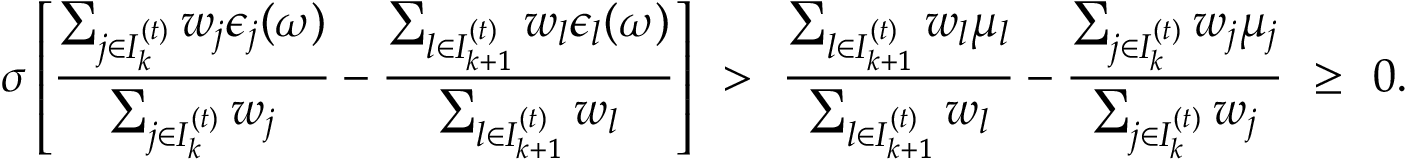
\sigma \left[ \frac { \sum _ { j \in { \cal I } _ { k } ^ { ( t ) } } w _ { j } \epsilon _ { j } ( \omega ) } { \sum _ { j \in { \cal I } _ { k } ^ { ( t ) } } w _ { j } } - \frac { \sum _ { l \in { \cal I } _ { k + 1 } ^ { ( t ) } } w _ { l } \epsilon _ { l } ( \omega ) } { \sum _ { l \in { \cal I } _ { k + 1 } ^ { ( t ) } } w _ { l } } \right] ~ > ~ \frac { \sum _ { l \in { \cal I } _ { k + 1 } ^ { ( t ) } } w _ { l } \mu _ { l } } { \sum _ { l \in { \cal I } _ { k + 1 } ^ { ( t ) } } w _ { l } } - \frac { \sum _ { j \in { \cal I } _ { k } ^ { ( t ) } } w _ { j } \mu _ { j } } { \sum _ { j \in { \cal I } _ { k } ^ { ( t ) } } w _ { j } } ~ \ge ~ 0 .